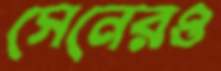
সেনেরও